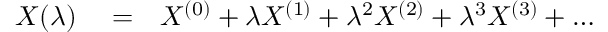
\begin{array} { r l r } { X ( \lambda ) } & { { } = } & { X ^ { ( 0 ) } + \lambda X ^ { ( 1 ) } + \lambda ^ { 2 } X ^ { ( 2 ) } + \lambda ^ { 3 } X ^ { ( 3 ) } + \ldots } \end{array}